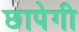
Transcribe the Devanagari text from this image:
छापेगी